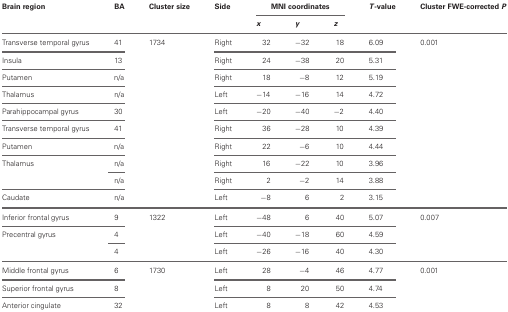
<table><thead><tr><td><b>Brain region</b></td><td><b>BA</b></td><td><b>Cluster size</b></td><td><b>Side</b></td><td colspan="3"><b>MNI coordinates</b></td><td><b><i>T</i>-value</b></td><td><b>Cluster FWE-corrected <i>P</i></b></td></tr><tr><td></td><td></td><td></td><td></td><td><b><i>x</i></b></td><td><b><i>y</i></b></td><td><b><i>z</i></b></td><td></td><td></td></tr></thead><tbody><tr><td>Transverse temporal gyrus</td><td>41</td><td>1734</td><td>Right</td><td>32</td><td>−32</td><td>18</td><td>6.09</td><td>0.001</td></tr><tr><td>Insula</td><td>13</td><td></td><td>Right</td><td>24</td><td>−38</td><td>20</td><td>5.31</td><td></td></tr><tr><td>Putamen</td><td>n/a</td><td></td><td>Right</td><td>18</td><td>−8</td><td>12</td><td>5.19</td><td></td></tr><tr><td>Thalamus</td><td>n/a</td><td></td><td>Left</td><td>−14</td><td>−16</td><td>14</td><td>4.72</td><td></td></tr><tr><td>Parahippocampal gyrus</td><td>30</td><td></td><td>Left</td><td>−20</td><td>−40</td><td>−2</td><td>4.40</td><td></td></tr><tr><td>Transverse temporal gyrus</td><td>41</td><td></td><td>Right</td><td>36</td><td>−28</td><td>10</td><td>4.39</td><td></td></tr><tr><td>Putamen</td><td>n/a</td><td></td><td>Right</td><td>22</td><td>−6</td><td>10</td><td>4.44</td><td></td></tr><tr><td>Thalamus</td><td>n/a</td><td></td><td>Right</td><td>16</td><td>−22</td><td>10</td><td>3.96</td><td></td></tr><tr><td></td><td>n/a</td><td></td><td>Right</td><td>2</td><td>−2</td><td>14</td><td>3.88</td><td></td></tr><tr><td>Caudate</td><td>n/a</td><td></td><td>Left</td><td>−8</td><td>6</td><td>2</td><td>3.15</td><td></td></tr><tr><td>Inferior frontal gyrus</td><td>9</td><td>1322</td><td>Left</td><td>−48</td><td>6</td><td>40</td><td>5.07</td><td>0.007</td></tr><tr><td>Precentral gyrus</td><td>4</td><td></td><td>Left</td><td>−40</td><td>−18</td><td>60</td><td>4.59</td><td></td></tr><tr><td></td><td>4</td><td></td><td>Left</td><td>−26</td><td>−16</td><td>40</td><td>4.30</td><td></td></tr><tr><td>Middle frontal gyrus</td><td>6</td><td>1730</td><td>Left</td><td>28</td><td>−4</td><td>46</td><td>4.77</td><td>0.001</td></tr><tr><td>Superior frontal gyrus</td><td>8</td><td></td><td>Left</td><td>8</td><td>20</td><td>50</td><td>4.74</td><td></td></tr><tr><td>Anterior cingulate</td><td>32</td><td></td><td>Left</td><td>8</td><td>8</td><td>42</td><td>4.53</td><td></td></tr></tbody></table>